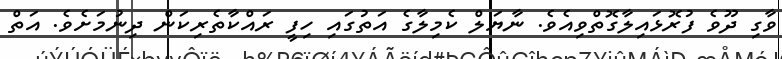
ވާގި ދޫވެ ފުރޮޅައިލާގޮތްވިއެވެ. ނާޔަލް ކެމިލާގެ އަތުގައި ހިފީ ރައްކާތެރިކަން ދިނުމަށެވެ. އަތް